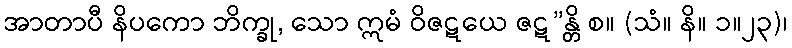
အာတာပီ နိပကော ဘိက္ခု, သော ဣမံ ဝိဇဋယေ ဇဋ”န္တိ စ။ (သံ။ နိ။ ၁။၂၃)၊